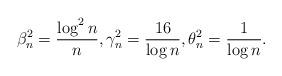
LaTeX: \begin{align*}\beta_n^2 = {\log^2{n} \over n}, \gamma_n^2 = {16 \over \log{n}}, \theta_n^2 = {1 \over \log{n}}.\end{align*}